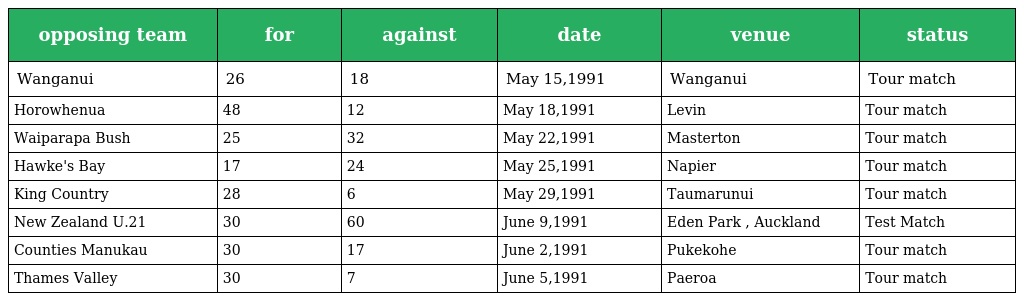
| opposing team | for | against | date | venue | status |
 | --- | --- | --- | --- | --- | --- |
 | Wanganui | 26 | 18 | May 15,1991 | Wanganui | Tour match |
 | Horowhenua | 48 | 12 | May 18,1991 | Levin | Tour match |
 | Waiparapa Bush | 25 | 32 | May 22,1991 | Masterton | Tour match |
 | Hawke's Bay | 17 | 24 | May 25,1991 | Napier | Tour match |
 | King Country | 28 | 6 | May 29,1991 | Taumarunui | Tour match |
 | New Zealand U.21 | 30 | 60 | June 9,1991 | Eden Park , Auckland | Test Match |
 | Counties Manukau | 30 | 17 | June 2,1991 | Pukekohe | Tour match |
 | Thames Valley | 30 | 7 | June 5,1991 | Paeroa | Tour match |